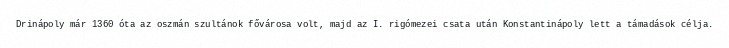
Drinápoly már 1360 óta az oszmán szultánok fővárosa volt, majd az I. rigómezei csata után Konstantinápoly lett a támadások célja.